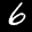
Label: 6